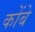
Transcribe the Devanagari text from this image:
कोंबे